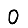
Digit: 0